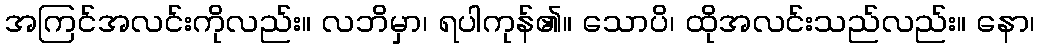
အကြင်အလင်းကိုလည်း။ လဘိမှာ၊ ရပါကုန်၏။ သောပိ၊ ထိုအလင်းသည်လည်း။ နော၊